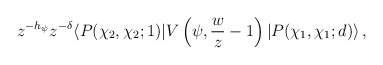
\begin{align*}z^{-h_\psi}z^{-\delta}\langle P(\chi_2,\chi_2;1)|V\left(\psi,{w\over z}-1\right)|P(\chi_1,\chi_1;d)\rangle\,,\end{align*}